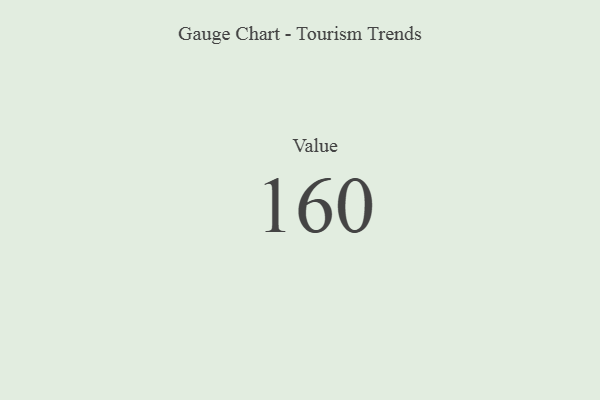
{"axis": {"x": "Metric", "y": "Value"}, "legend": [""], "data": [{"x": "Value", "y": 160, "type": ""}]}